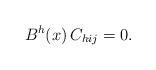
LaTeX: \begin{align*} B^h(x)\,C_{hij}=0.\end{align*}